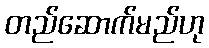
တည်ဆောက်မည်ဟု